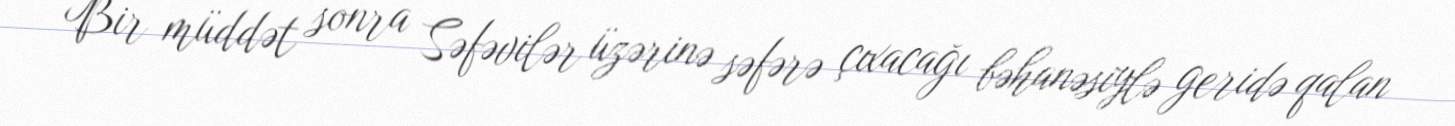
Bir müddət sonra Səfəvilər üzərinə səfərə çıxacağı bəhanəsiylə geridə qalan